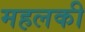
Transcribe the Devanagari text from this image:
महलकी